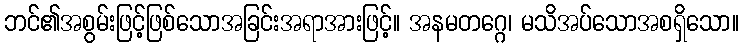
ဘင်၏အစွမ်းဖြင့်ဖြစ်သောအခြင်းအရာအားဖြင့်။ အနမတဂ္ဂေ၊ မသိအပ်သောအစရှိသော။